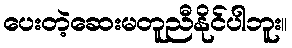
ပေးတဲ့ဆေးမတူညီနိုင်ပါဘူး။